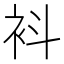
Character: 𧘞